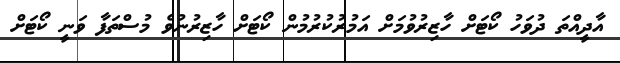
އާދީއްތަ ދުވަހު ކޯޓަށް ހާޒިރުވުމަށް އަމުރުކުރުމުން ކޯޓަށް ހާޒިރުނުވެ މުސްތަފާ ވަނީ ކޯޓަށް